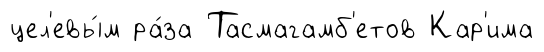
цел'евы́м ра́за Тасмагамб'етов Кар'има